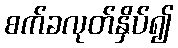
စက်ခလုတ်နှိပ်၍